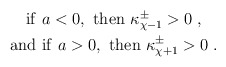
\begin{align*}\begin{gathered}{\rm if~} a < 0, {\rm ~then~} \kappa^{\pm}_{\chi-1} > 0 \;, \\{\rm and~if~} a > 0, {\rm ~then~} \kappa^{\pm}_{\chi+1} > 0 \;.\end{gathered}\end{align*}